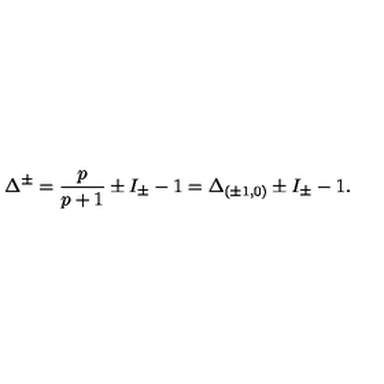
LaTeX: \Delta ^ { \pm } = \frac { p } { p + 1 } \pm I _ { \pm } - 1 = \Delta _ { ( \pm 1 , 0 ) } \pm I _ { \pm } - 1 .